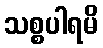
သစ္စပါရမိ